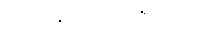
အဖြစ်နိုင်ဆုံးလို့ ဆိုပါတယ်။